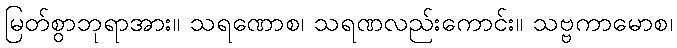
မြတ်စွာဘုရာအား။ သရဏောစ၊ သရဏလည်းကောင်း။ သဗ္ဗကာမောစ၊